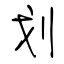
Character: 划